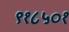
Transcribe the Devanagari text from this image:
९१८५०१